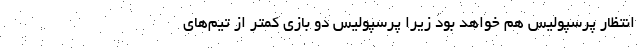
انتظار پرسپولیس هم خواهد بود زیرا پرسپولیس دو بازی کمتر از تیم‌های